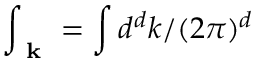
\int _ { \textbf { k } } = \int d ^ { d } k / ( 2 \pi ) ^ { d }